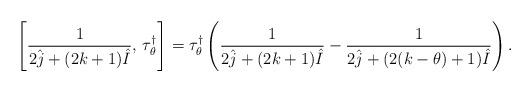
LaTeX: \begin{align*}\left[\frac{1}{2\hat{j} + (2 k + 1) \hat{I}}, \, \tau^\dagger_\theta\right] = \tau^\dagger_\theta \left(\frac{1}{2\hat{j} + (2 k + 1) \hat{I}} - \frac{1}{2\hat{j} + (2 (k-\theta)+1) \hat{I}}\right).\end{align*}